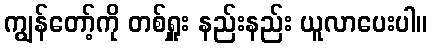
ကျွန်တော့်ကို တစ်ရှူး နည်းနည်း ယူလာပေးပါ။